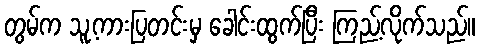
တွမ်က သူ့ကားပြတင်းမှ ခေါင်းထွက်ပြီး ကြည့်လိုက်သည်။